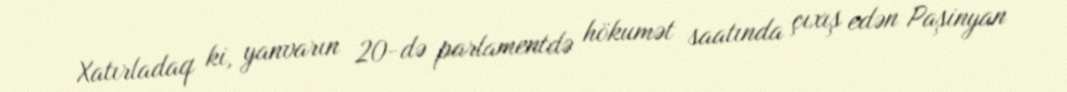
Xatırladaq ki, yanvarın 20-də parlamentdə hökumət saatında çıxış edən Paşinyan